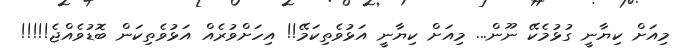
މިއަށް ކިޔާނީ ގުޅުމެކޭ ނޫން... މިއަށް ކިޔާނީ އަޅުވެތިކަމޭ!! އިހަށްވުރެއް އަޅުވެތިކަން ބޮޑުވެއްޖެ!!!!!